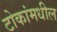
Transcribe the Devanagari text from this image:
टोकांमधील